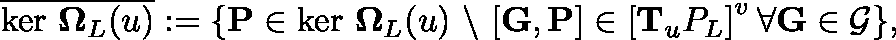
\overline { { \mathrm { k e r ~ } \mathbf { \Omega } _ { L } ( \mathfrak { u } ) } } : = \{ \mathbf { P } \in \mathrm { k e r ~ } \mathbf { \Omega } _ { L } ( \mathfrak { u } ) \ \backslash \ [ \mathbf { G } , \mathbf { P } ] \in \left[ \mathbf { T } _ { \mathfrak { u } } \mathbb { P } _ { L } \right] ^ { v } \forall \mathbf { G } \in \mathcal { G } \} ,